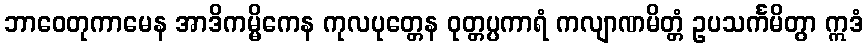
ဘာဝေတုကာမေန အာဒိကမ္မိကေန ကုလပုတ္တေန ဝုတ္တပ္ပကာရံ ကလျာဏမိတ္တံ ဥပသင်္ကမိတွာ ဣဒံ